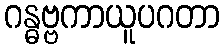
ဂန္ဓဗ္ဗကာယူပဂတာ